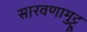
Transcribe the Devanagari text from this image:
सारवणामुट्टू